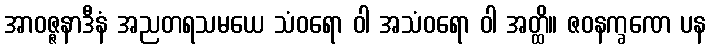
အာဝဇ္ဇနာဒီနံ အညတရသမယေ သံဝရော ဝါ အသံဝရော ဝါ အတ္ထိ။ ဇဝနက္ခဏေ ပန